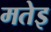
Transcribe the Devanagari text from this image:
मतेइ